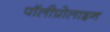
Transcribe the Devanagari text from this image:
पॉलीप्रोलाइन